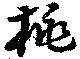
桃